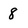
Character: 8